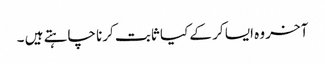
آخر وہ ایسا کر کے کیا ثابت کرنا چاہتے ہیں ۔